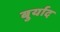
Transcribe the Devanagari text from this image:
बुर्याद